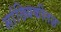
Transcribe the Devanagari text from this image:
सांख्यिकीतज्ञ